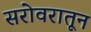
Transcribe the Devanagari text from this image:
सरोवरातून